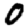
Digit: 0